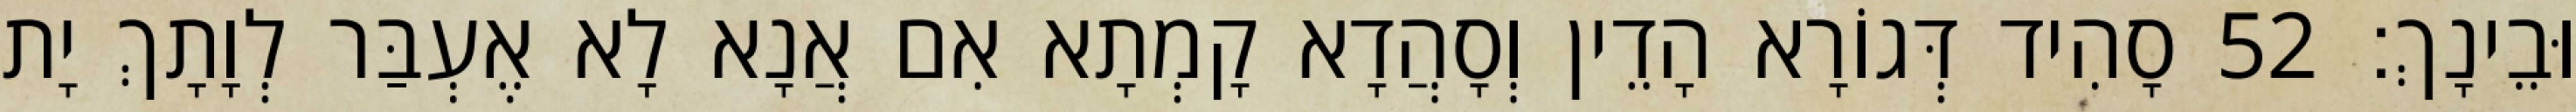
וּבֵינָךְ׃ 52 סָהִיד דְּגוֹרָא הָדֵין וְסָהֲדָא קָמְתָא אִם אֲנָא לָא אֶעְבַּר לְוָתָךְ יָת